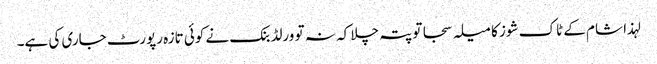
لہذا شام کے ٹاک شوز کا میلہ سجا تو پتہ چلا کہ نہ تو ورلڈ بنک نے کوئی تازہ رپورٹ جاری کی ہے۔